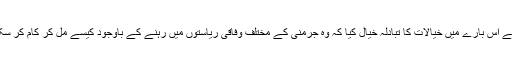
شرکاء نے اس بارے میں خیالات کا تبادلہ خیال کیا کہ وہ جرمنی کے مختلف وفاقی ریاستوں میں رہنے کے باوجود کیسے مل کر کام کر سکتے ہیں۔